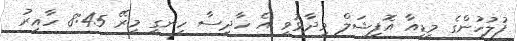
ފުލުހުންގެ މީޑިއާ އޮފިޝަލް ވިދާޅުވީ އެ ހާދިސާ ހިނގީ މިރޭ 8:45 ހާއިރު